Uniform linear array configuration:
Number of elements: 4
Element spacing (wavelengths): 0.25
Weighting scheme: exponential
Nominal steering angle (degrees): -60
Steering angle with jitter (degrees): -59.762
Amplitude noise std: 0.05
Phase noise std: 0.05

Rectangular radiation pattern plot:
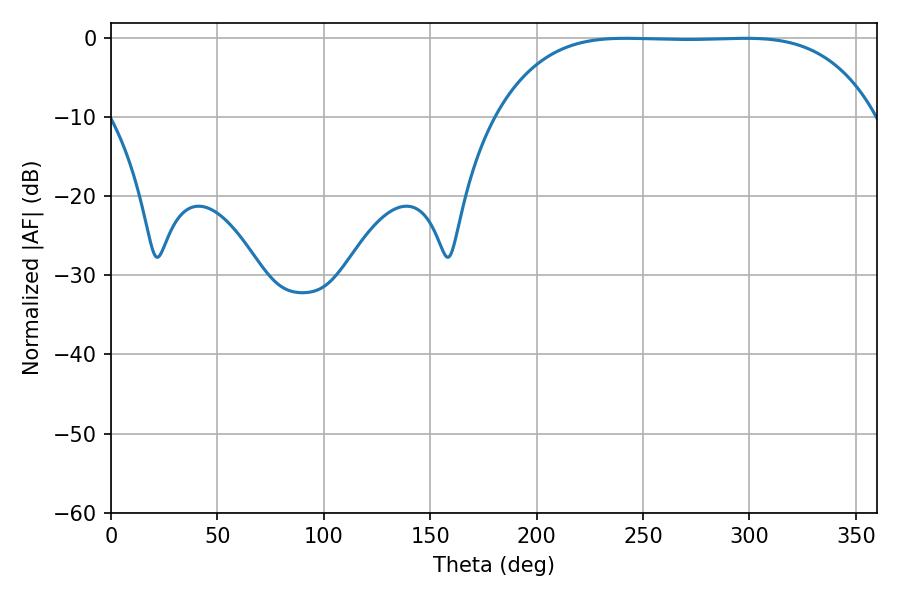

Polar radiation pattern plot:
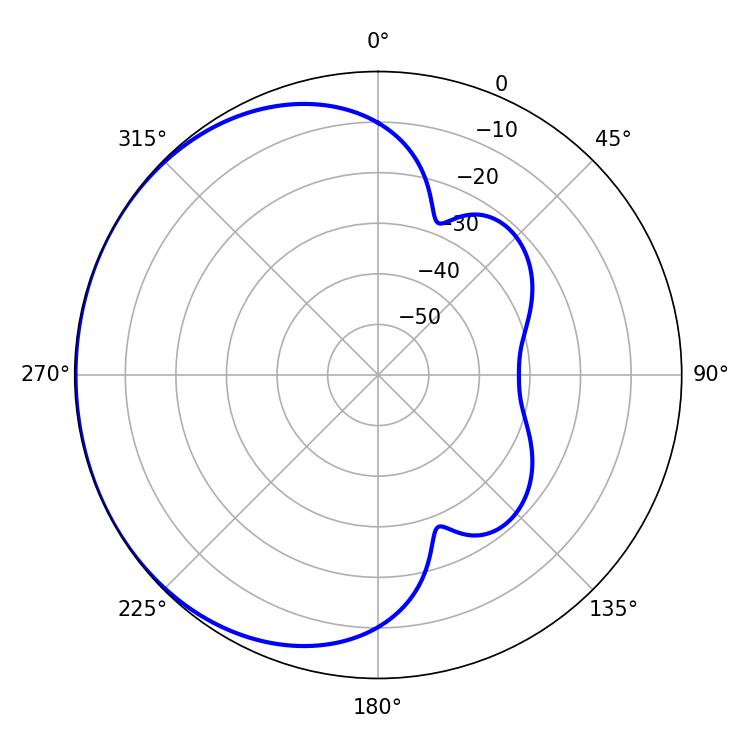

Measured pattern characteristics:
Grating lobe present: FALSE
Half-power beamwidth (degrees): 136.8
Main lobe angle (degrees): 241.92